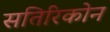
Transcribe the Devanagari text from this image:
सतिरिकोन